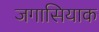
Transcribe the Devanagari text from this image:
जगासियाक